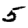
Digit: 5